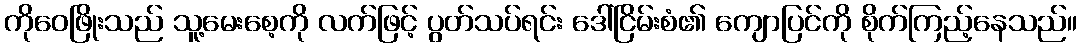
ကိုဝေဖြိုးသည် သူ့မေးစေ့ကို လက်ဖြင့် ပွတ်သပ်ရင်း ဒေါ်ငြိမ်းစံ၏ ကျောပြင်ကို စိုက်ကြည့်နေသည်။